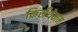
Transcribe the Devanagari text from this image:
क्रिसँथेमम